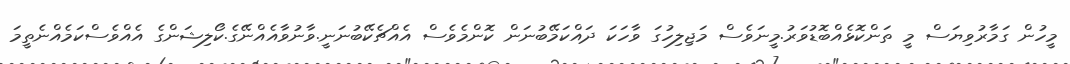
މީހުން ގަމާރުވިޔަސް މީ ތަންކޮޅެއްބޮޑުވަރު.މީނަވެސް މަޖިލިހުގަ ވާހަކަ ދައްކަމޭބުނަން ކޮންމެވެސް އެއްޗެކޭބުނަނީ.ވާނުވާއެއްނޭގެ.ކޯލިޝަންގެ އެއްވެސްކަމެއްނެތީމަ